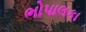
ભોપાલકા